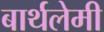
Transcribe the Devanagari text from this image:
बार्थलेमी